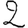
Digit: 2